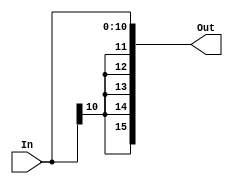
/********************************************************************************************************
/		MODULE: Bit8_SExt
/		PURPOSE: Given a 11 bit input sign extend it up to 16 bits
/
/		INPUTS: In[10:0] - Input to sign extend
/
/		OUTPUTS: Out[15:0] - Signed Extended output
********************************************************************************************************/
module Bits11_SExt(In, Out);

	input [10:0] In;
	
	output [15:0] Out;

	assign Out = {{5{In[10]}}, In[10:0]};
endmodule